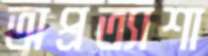
অপ্রত্যাশা